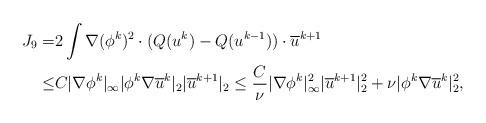
\begin{align*}J_9=&2\int \nabla (\phi^k)^2\cdot (Q(u^{k})-Q(u^{k-1})) \cdot \overline{u}^{k+1} \\\leq&C |\nabla \phi^k|_\infty|\phi^k \nabla \overline{u}^k|_2| \overline{u}^{k+1}|_2\leq \frac{C}{\nu} |\nabla \phi^k|^2_\infty | \overline{u}^{k+1}|^2_2+\nu |\phi^k \nabla \overline{u}^k|^2_2,\end{align*}